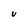
Character: V